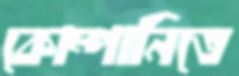
কোম্পানিতে